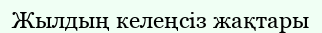
Жылдың келеңсіз жақтары